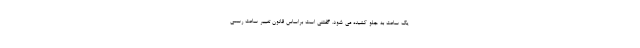
یک ساعت به جلو کشیده می شود. گفتنی است براساس قانون تغییر ساعت رسمی